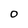
Character: O